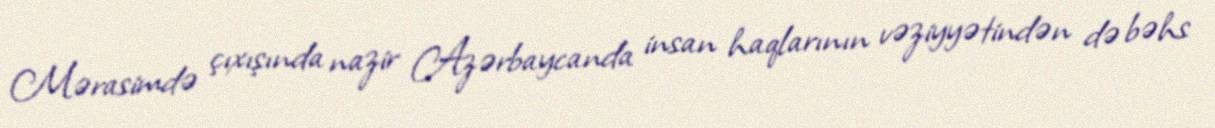
Mərasimdə çıxışında nazir Azərbaycanda insan haqlarının vəziyyətindən də bəhs